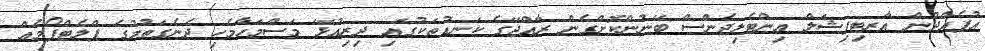
އުފެއްދުން އާރޓިފިޝަލް އިންޓެލިޖެންސް ބޭނުންކޮށްގެން ރާއްޖޭގެ ކަނޑުތަކުގައި ދިރިއުޅޭ މަސްމަހާމެހި ދެނެގަތުމުގެ ޕްލެޓްފޯމެއް